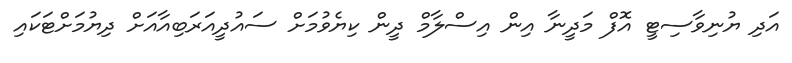
އަދި ޔުނިވާސިޓީ އޮފް މަދީނާ އިން އިސްލާމް ދީން ކިޔެވުމަށް ސައުދީއަރަބިއާއަށް ދިޔުމަށްޓަކައި